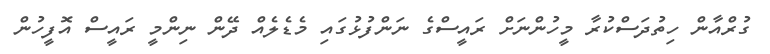
ގުރްއާން ހިތުދަސްކުރާ މީހުންނަށް ރައީސްގެ ނަންފުޅުގައި މެޑެލެއް ދޭން ނިންމީ ރައީސް އޮފީހުން